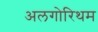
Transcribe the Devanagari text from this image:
अलगोरिथम